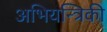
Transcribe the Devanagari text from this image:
अभियन्त्रिकी